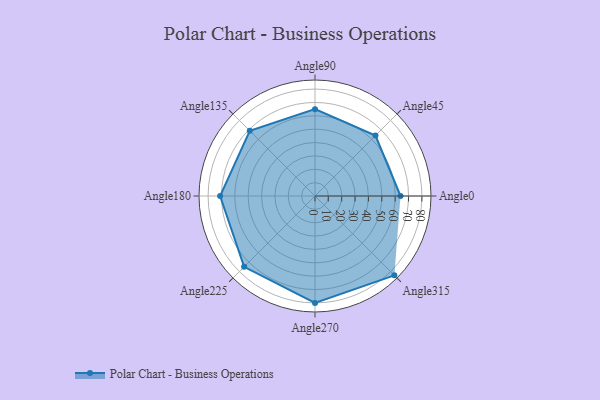
{"axis": {"x": "Angle", "y": "Radius"}, "legend": [""], "data": [{"x": "Angle0", "y": 64.0, "type": ""}, {"x": "Angle45", "y": 64.0, "type": ""}, {"x": "Angle90", "y": 65.0, "type": ""}, {"x": "Angle135", "y": 69.0, "type": ""}, {"x": "Angle180", "y": 71.0, "type": ""}, {"x": "Angle225", "y": 75.0, "type": ""}, {"x": "Angle270", "y": 80.0, "type": ""}, {"x": "Angle315", "y": 84.0, "type": ""}]}